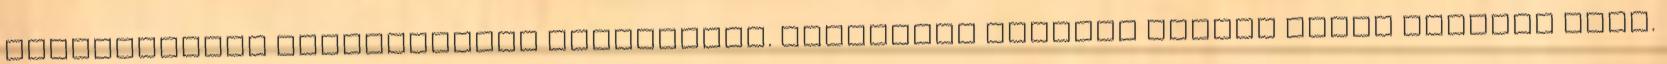
dialógusának főszereplője Szókratész. Leginkább ezekből tudunk képet alkotni róla.